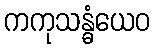
ကကုသန္ဓံယေဝ